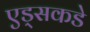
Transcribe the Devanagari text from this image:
एड्‌सकडे